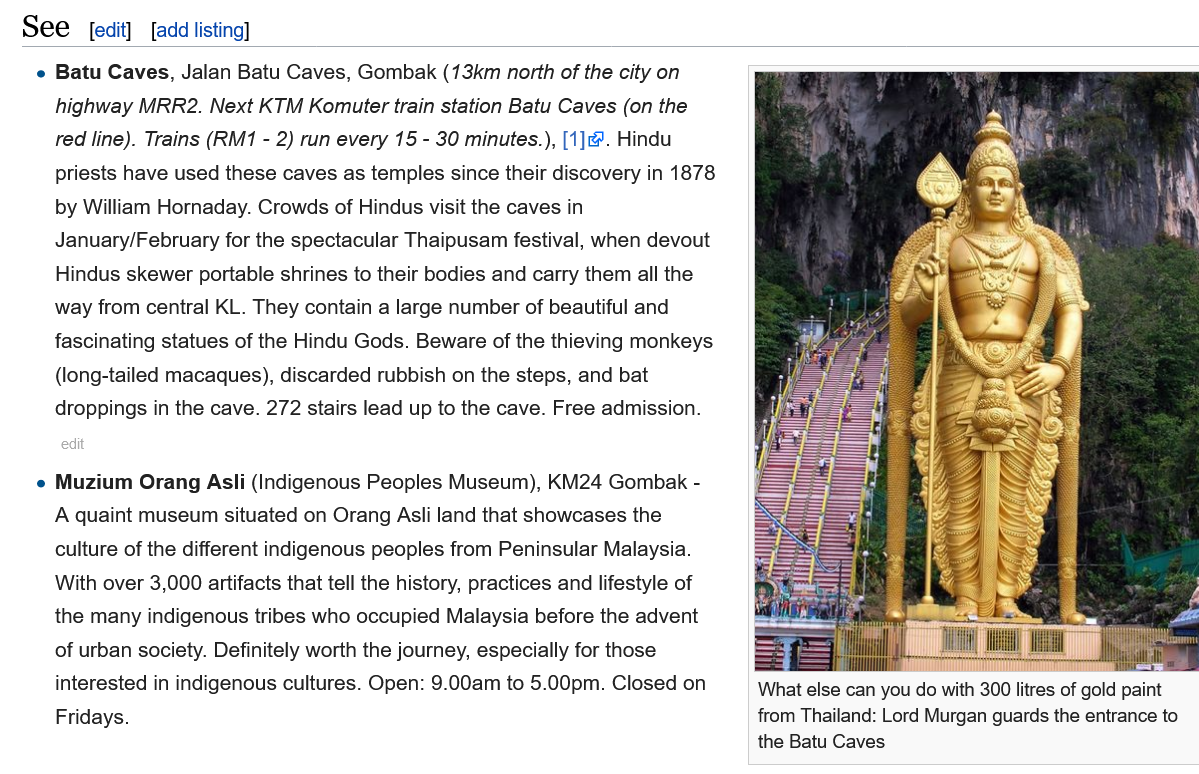
See    edit] add listing]
    e Batu Caves, Jalan Batu Caves, Gombak   (13km north of the city on
     highway MRR2.   Next KTM Komuter train station Batu Caves (on the
     red line). Trains (RM1 - 2) run every 15
     -
     30 minutes.), [1]&. Hindu
     priests have used these caves as temples since their discovery in 1878
     by William Hornaday. Crowds of Hindus visit the caves in
     January/February for the spectacular Thaipusam festival, when devout
     Hindus skewer portable shrines to their bodies and carry them all the
     way from central KL. They contain a large number of beautiful and
     fascinating statues of the Hindu Gods. Beware of the thieving monkeys
     (long-tailed macaques), discarded rubbish on the steps, and bat
     droppings in the cave. 272 stairs lead up to the cave. Free admission.
    e Muzium   Orang Asli (Indigenous Peoples Museum),  KM24  Gombak -
     A quaint museum  situated on Orang Asli land that showcases the
     culture of the different indigenous peoples from Peninsular Malaysia.
     With over 3,000 artifacts that tell the history, practices and lifestyle of
     the many indigenous tribes who occupied Malaysia before the advent
     of urban society. Definitely worth the journey, especially for those
     interested in indigenous cultures. Open: 9.00am to 5.00pm. Closed on
     Fridays.
     What else can you do with 300 litres of gold paint
     from Thailand: Lord Murgan guards the entrance to
     the Batu Caves